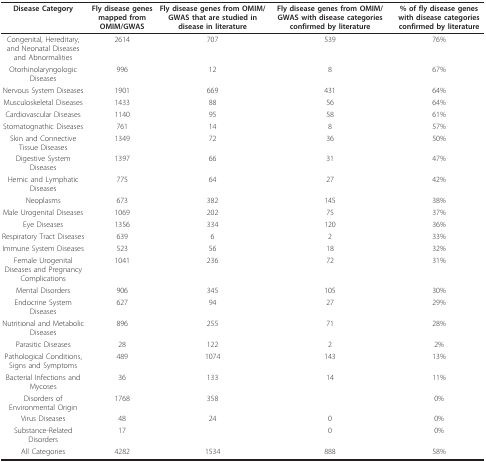
| Disease Category | Fly disease genes mapped from OMIM/GWAS | Fly disease genes from OMIM/GWAS that are studied in disease in literature | Fly disease genes from OMIM/GWAS with disease categories confirmed by literature | % of fly disease genes with disease categories confirmed by literature |
 | --- | --- | --- | --- | --- |
 | Congenital, Hereditary, and Neonatal Diseases and Abnormalities | 2614 | 707 | 539 | 76% |
 | Otorhinolaryngologic Diseases | 996 | 12 | 8 | 67% |
 | Nervous System Diseases | 1901 | 669 | 431 | 64% |
 | Musculoskeletal Diseases | 1433 | 88 | 56 | 64% |
 | Cardiovascular Diseases | 1140 | 95 | 58 | 61% |
 | Stomatognathic Diseases | 761 | 14 | 8 | 57% |
 | Skin and Connective Tissue Diseases | 1349 | 72 | 36 | 50% |
 | Digestive System Diseases | 1397 | 66 | 31 | 47% |
 | Hemic and Lymphatic Diseases | 775 | 64 | 27 | 42% |
 | Neoplasms | 673 | 382 | 145 | 38% |
 | Male Urogenital Diseases | 1069 | 202 | 75 | 37% |
 | Eye Diseases | 1356 | 334 | 120 | 36% |
 | Respiratory Tract Diseases | 639 | 6 | 2 | 33% |
 | Immune System Diseases | 523 | 56 | 18 | 32% |
 | Female Urogenital Diseases and Pregnancy Complications | 1041 | 236 | 72 | 31% |
 | Mental Disorders | 906 | 345 | 105 | 30% |
 | Endocrine System Diseases | 627 | 94 | 27 | 29% |
 | Nutritional and Metabolic Diseases | 896 | 255 | 71 | 28% |
 | Parasitic Diseases | 28 | 122 | 2 | 2% |
 | Pathological Conditions, Signs and Symptoms | 489 | 1074 | 143 | 13% |
 | Bacterial Infections and Mycoses | 36 | 133 | 14 | 11% |
 | Disorders of Environmental Origin | 1768 | 358 |  | 0% |
 | Virus Diseases | 48 | 24 | 0 | 0% |
 | Substance-Related Disorders | 17 |  | 0 | 0% |
 | All Categories | 4282 | 1534 | 888 | 58% |